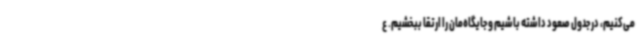
می‌کنیم، در جدول صعود داشته باشیم و جایگاه‌مان را ارتقا ببخشیم. ع